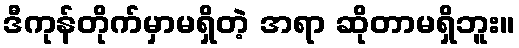
ဒီကုန်တိုက်မှာမရှိတဲ့ အရာ ဆိုတာမရှိဘူး။